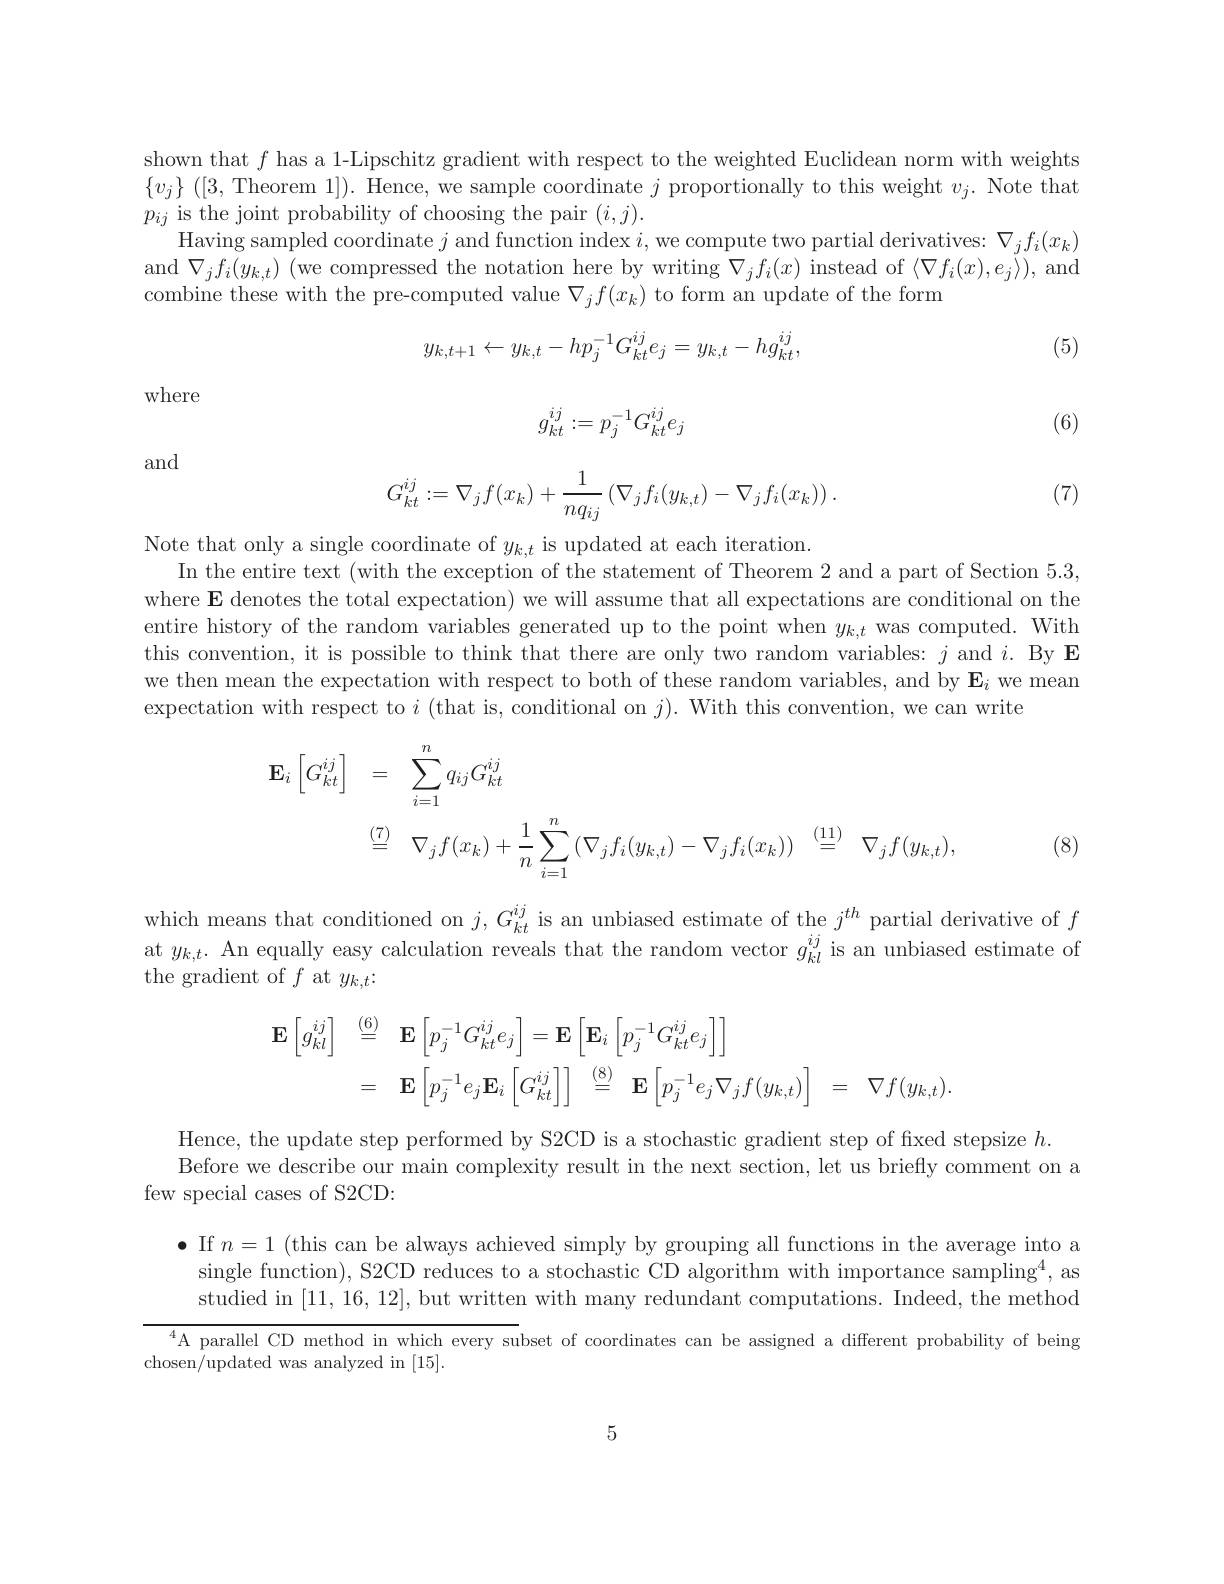
shown that $f$ has a 1-Lipschitz gradient with respect to the weighted Euclidean norm with weights $\{v_j\}$ ([3,Theorem 1]). Hence, we sample coordinate $j$ proportionally to this weight $v_j.$ Note that $p_{ij}$ is the joint probability of choosing the pair $(i,j).$
$\operatorname*{Having}$sampled coordinate $j$ and function index $i$,we compute two partial derivatives: $\nabla_jf_i(x_k)$ and$\nabla_jf_i(y_{k,t})$(we compressed the notation here by writing $\nabla_jf_i(x)$ instead of $\langle\nabla f_i(x),e_j\rangle)$, and combine these with the pre-computed value $\nabla_jf(x_k)$ to form an update of the form
$$y_{k,t+1}\leftarrow y_{k,t}-hp_{j}^{-1}G_{kt}^{ij}e_{j}=y_{k,t}-hg_{kt}^{ij},$$
(5)

where
$$g_{kt}^{ij}:=p_j^{-1}G_{kt}^{ij}e_j$$
(6)
$$G_{kt}^{ij}:=\nabla_jf(x_k)+\dfrac{1}{nq_{ij}}\left(\nabla_jf_i(y_{k,t})-\nabla_jf_i(x_k)\right).$$
and

(7)

Note that only a single coordinate of $y_k,t$ is updated at each iteration
In the entire text (with the exception of the statement of Theorem 2 and a part of Section 5.3, where E denotes the total expectation) we will assume that all expectations are conditional on the entire history of the random variables generated up to the point when $y_k,t$ was computed. With this convention, it is possible to think that there are only two random variables: $j$ and $i.$ By E we then mean the expectation with respect to both of these random variables, and by $\mathbf{E}_i$ we mean expectation with respect to $i$ (that is, conditional on $j).$ With this convention, we can write
$$\begin{aligned}\mathbf{E}_{i}\left[G_{kt}^{ij}\right]&=\quad\sum_{i=1}^{n}q_{ij}G_{kt}^{ij}\\&\stackrel{(7)}{=}\quad\nabla_{j}f(x_{k})+\frac{1}{n}\sum_{i=1}^{n}\left(\nabla_{j}f_{i}(y_{k,t})-\nabla_{j}f_{i}(x_{k})\right)\stackrel{(11)}{=}\quad\nabla_{j}f(y_{k,t}),\end{aligned}$$
(8)

which means that conditioned on $j,G_kt^{ij}$ is an unbiased estimate of the $j^{th}$ partial derivative of $f$ at $y_k,t.$ An equally easy calculation reveals that the random vector $g_kl^{\iota j}$ is an unbiased estimate of the gradient of $f$ at $y_k,t:$
$$\begin{aligned}\mathbf{E}\left[g_{kl}^{ij}\right]&\stackrel{(6)}{=}\quad\mathbf{E}\left[p_{j}^{-1}G_{kt}^{ij}e_{j}\right]=\mathbf{E}\left[\mathbf{E}_{i}\left[p_{j}^{-1}G_{kt}^{ij}e_{j}\right]\right]\\&=\quad\mathbf{E}\left[p_{j}^{-1}e_{j}\mathbf{E}_{i}\left[G_{kt}^{ij}\right]\right]\quad\stackrel{(8)}{=}\quad\mathbf{E}\left[p_{j}^{-1}e_{j}\nabla_{j}f(y_{k,t})\right]\quad=\quad\nabla f(y_{k,t}).\end{aligned}$$
Hence, the update step performed by S2CD is a stochastic gradient step of fixed stepsize $h.$
Before we describe our main complexity result in the next section, let us briefly comment on a
few special cases of S2CD:

$\bullet$ If $n=1$ (this can be always achieved simply by grouping all functions in the average into a single function), S2CD reduces to a stochastic CD algorithm with importance sampling$^4$,as studied in [11,16,12],but written with many redundant computations. Indeed, the method

$^{4}$A parallel CD method in which every subset of coordinates can be assigned a different probability of being
chosen/updated was analyzed in [15].

5